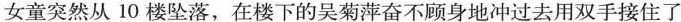
女童突然从10楼坠落，在楼下的吴菊萍奋不顾身地冲过去用双手接住了